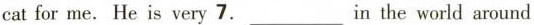
cat for me. He is very 7.___ the world around